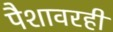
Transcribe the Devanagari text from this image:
पैशावरही